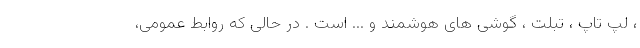
، لپ تاپ ، تبلت ، گوشی های هوشمند و ... است . در حالی که روابط عمومی‌،